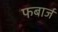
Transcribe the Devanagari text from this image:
फबार्ज